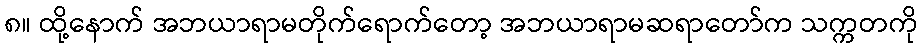
၈။ ထို့နောက် အဘယာရာမတိုက်ရောက်တော့ အဘယာရာမဆရာတော်က သက္ကတကို